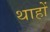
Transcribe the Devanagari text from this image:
थाहों